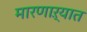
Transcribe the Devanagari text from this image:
मारणाऱ्यात